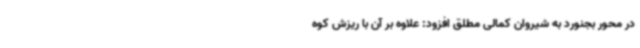
در محور بجنورد به شیروان کمالی مطلق افزود: علاوه بر آن با ریزش کوه